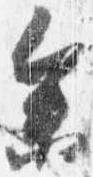
参